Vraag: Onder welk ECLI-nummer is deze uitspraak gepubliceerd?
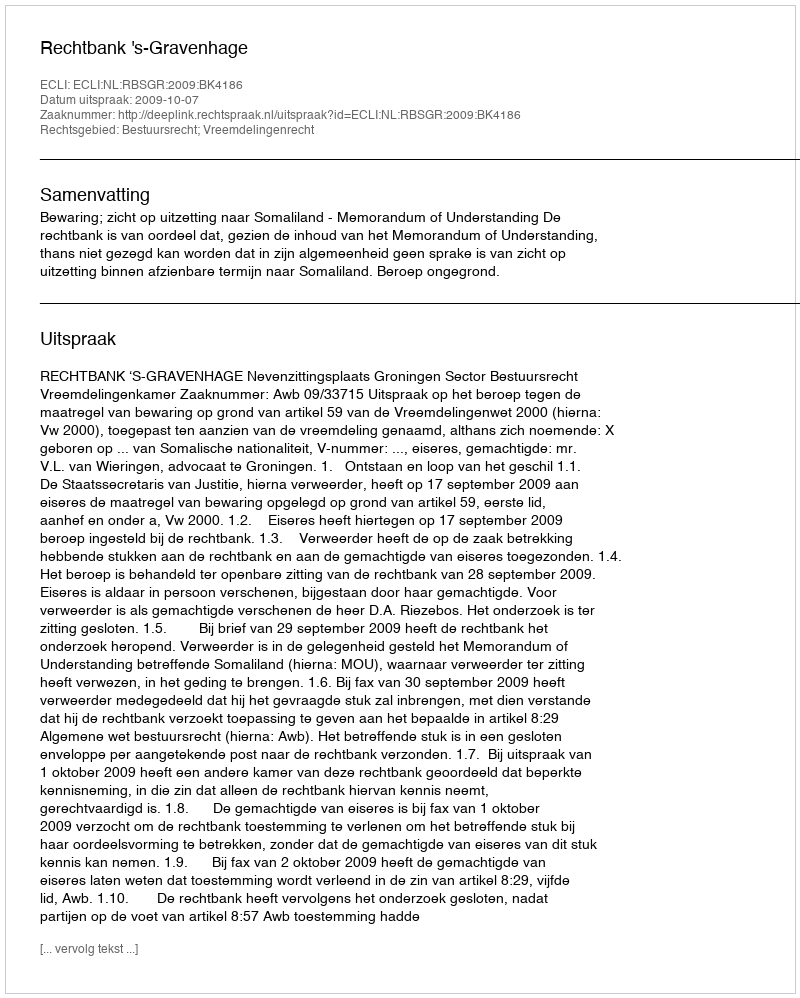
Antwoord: ECLI:NL:RBSGR:2009:BK4186